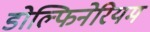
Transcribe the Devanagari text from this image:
डोल्फिनेरियम